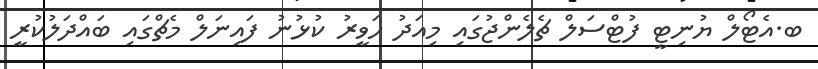
ބ.އެޓޯލް ޔުނިޓީ ފުޓްސަލް ޗެލެންޖުގައި މިއަދު ހަވީރު ކުޅުނު ފައިނަލް މެޗްގައި ބައްދަލުކުރީ